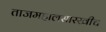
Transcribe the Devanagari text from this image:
ताजमहालसारखीच